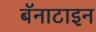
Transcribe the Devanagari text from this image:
बॅनाटाइन